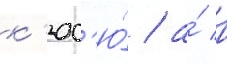
к'юс'ю́ / а́ в